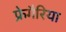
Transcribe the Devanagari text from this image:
फ्रेगैरिया